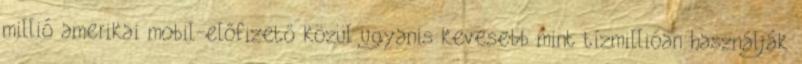
millió amerikai mobil-előfizető közül ugyanis kevesebb mint tízmillióan használják